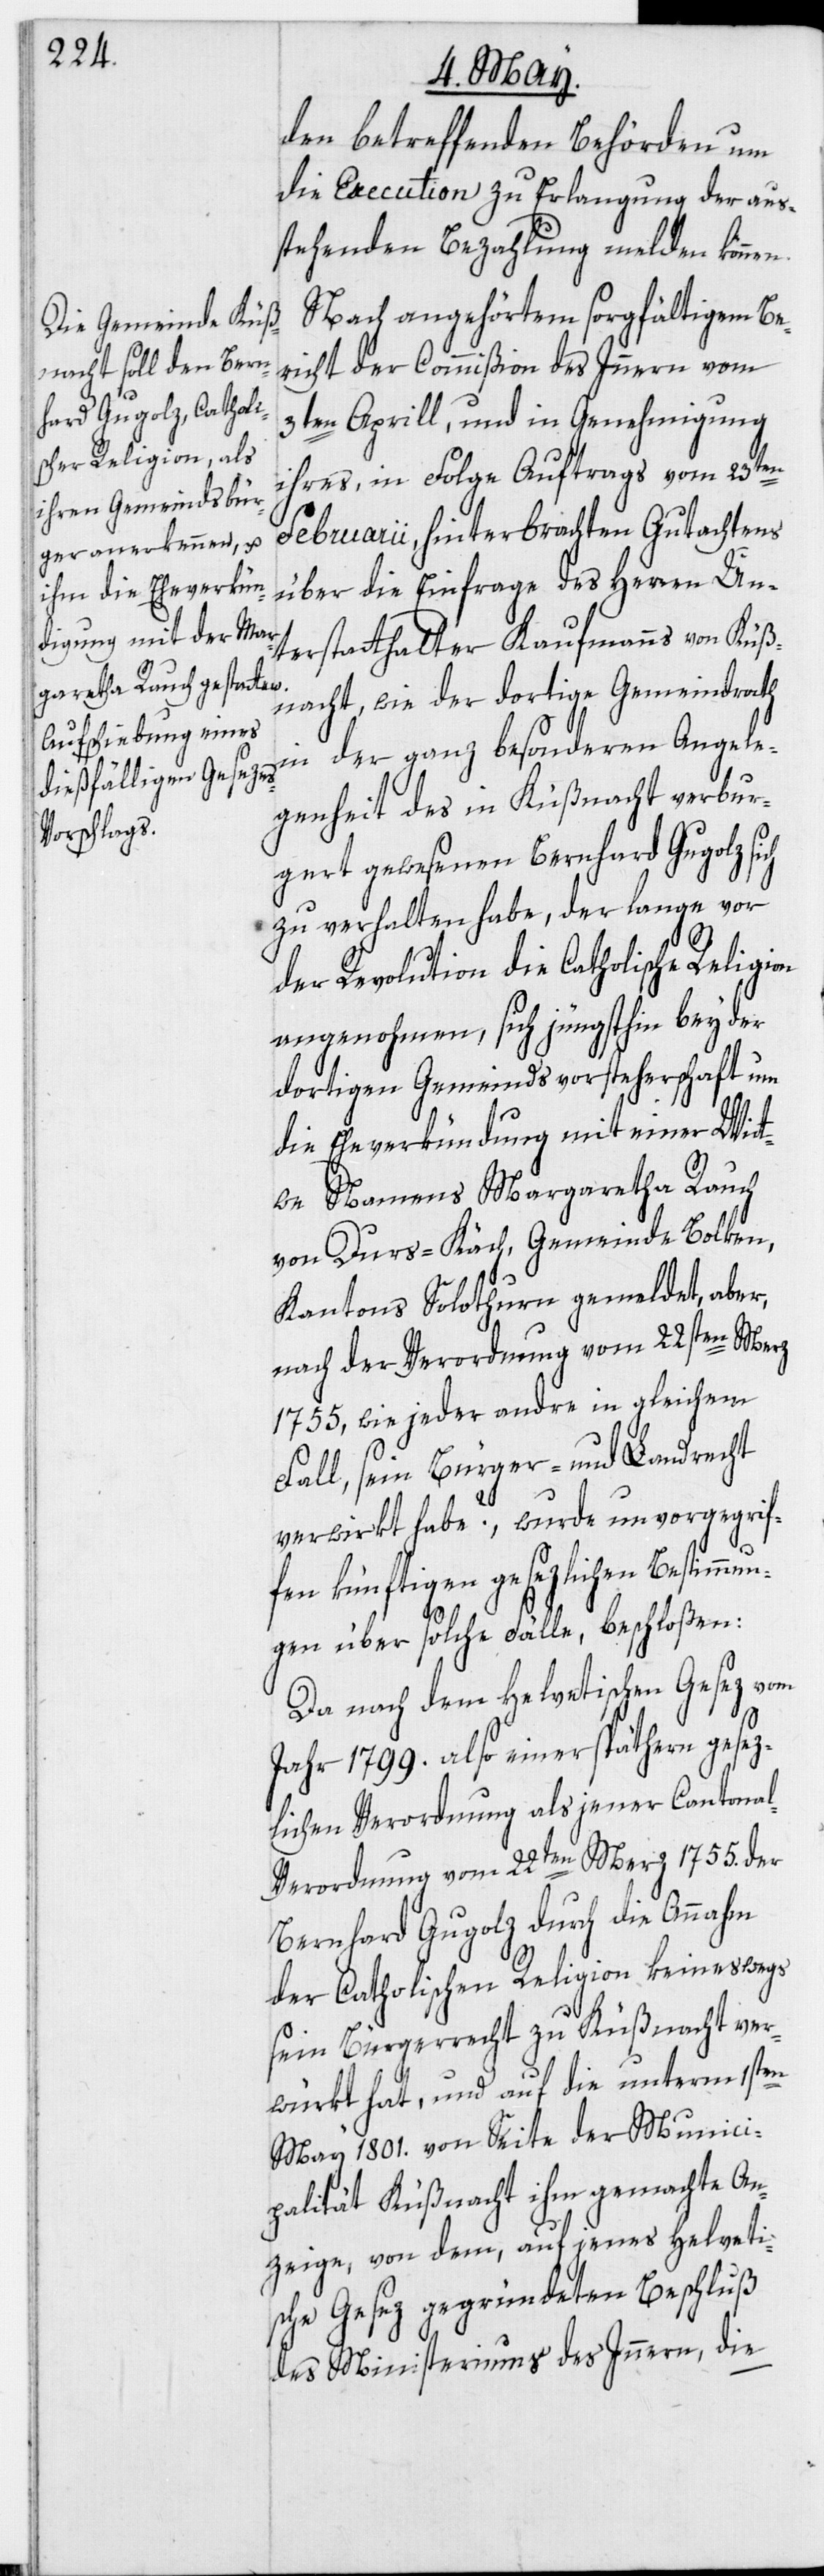
den betreffenden Behörden um
die Execution zu Erlangung der aus¬
stehenden Bezahlung melden können.
Nach angehörtem sorgfältigem Be¬
richt der Commißion des Innern vom
3ten Aprill, und in Genehmigung
ihres, in Folge Auftrags vom 23ten
Februarii, hinterbrachten Gutachtens
über die Einfrage des Herren Un¬
terstatthalter Kaufmanns von Küß¬
nacht, wie der dortige Gemeindrath
in der ganz besonderen Angele¬
genheit des in Küßnacht verbur¬
gert gewesenen Bernhard Gugolz sich
zu verhalten habe, der lange vor
der Revolution die Catholische Religion
angenohmen, sich jüngsthin bey der
dortigen Gemeindsvorsteherschaft um
die Eheverkündung mit einer Wit¬
twe Namens Margaretha Rauch
von Durs-Käch, Gemeinde Bolken,
Kantons Solothurn gemeldet, aber,
nach der Verordnung vom 22sten Merz
1755, wie jeder andre in gleichem
Fall, sein Bürger- und Landrecht
verwirkt habe?, wurde unvorgegrif¬
fen künftigen gesezlichen Bestimmu¬
ngen über solche Fälle, beschloßen:
Da nach dem Helvetischen Gesez vom
Jahr 1799. also einer späthern gesez¬
lichen Verordnung als jener Cantona¬
l-Verordnung vom 22ten Merz 1755. der
Bernhard Gugolz durch die Annahm
der Catholischen Religion keineswegs
sein Bürgerrecht zu Küßnacht ver¬
würkt hat, und auf die unterm 1sten
May 1801. von Seite der Munici¬
palität Küßnacht ihm gemachte An¬
zeige, von dem, auf jenes Helveti¬
sche Gesez gegründeten Beschluß
des Ministeriums des Innern, die